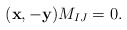
\begin{align*}(\mathbf{x}, -\mathbf{y} )M_{IJ}=0.\end{align*}